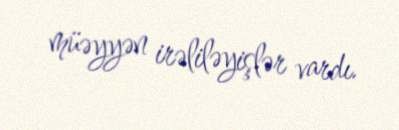
müəyyən irəliləyişlər vardı.